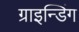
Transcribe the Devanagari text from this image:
ग्राइन्डिंग